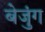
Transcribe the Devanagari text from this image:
बेजुंग